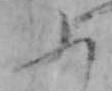
ふ